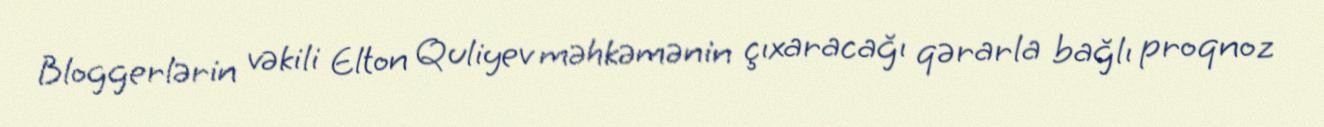
Bloggerlərin vəkili Elton Quliyev məhkəmənin çıxaracağı qərarla bağlı proqnoz